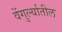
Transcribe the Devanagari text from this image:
वेंगुर्ल्यातील